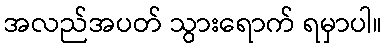
အလည်အပတ် သွားရောက် ရမှာပါ။